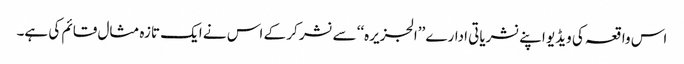
اس واقعہ کی ویڈیو اپنے نشریاتی ادارے ’’الجزیرہ‘‘ سے نشر کر کے اس نے ایک تازہ مثال قائم کی ہے۔